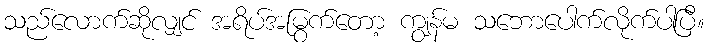
သည်လောက်ဆိုလျှင် အရိပ်အမြွက်တော့ ကျွန်မ သဘောပေါက်လိုက်ပါပြီ။